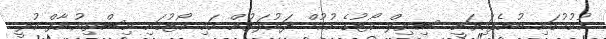
ހުކުމުގައި ބުނެފައިވަނީ ސިވިލް ކޯޓުގެ ހުކުމް ދައުލަތުން ހައި ކޯޓުގައި އިސްތިއުނާފް ކުރީ